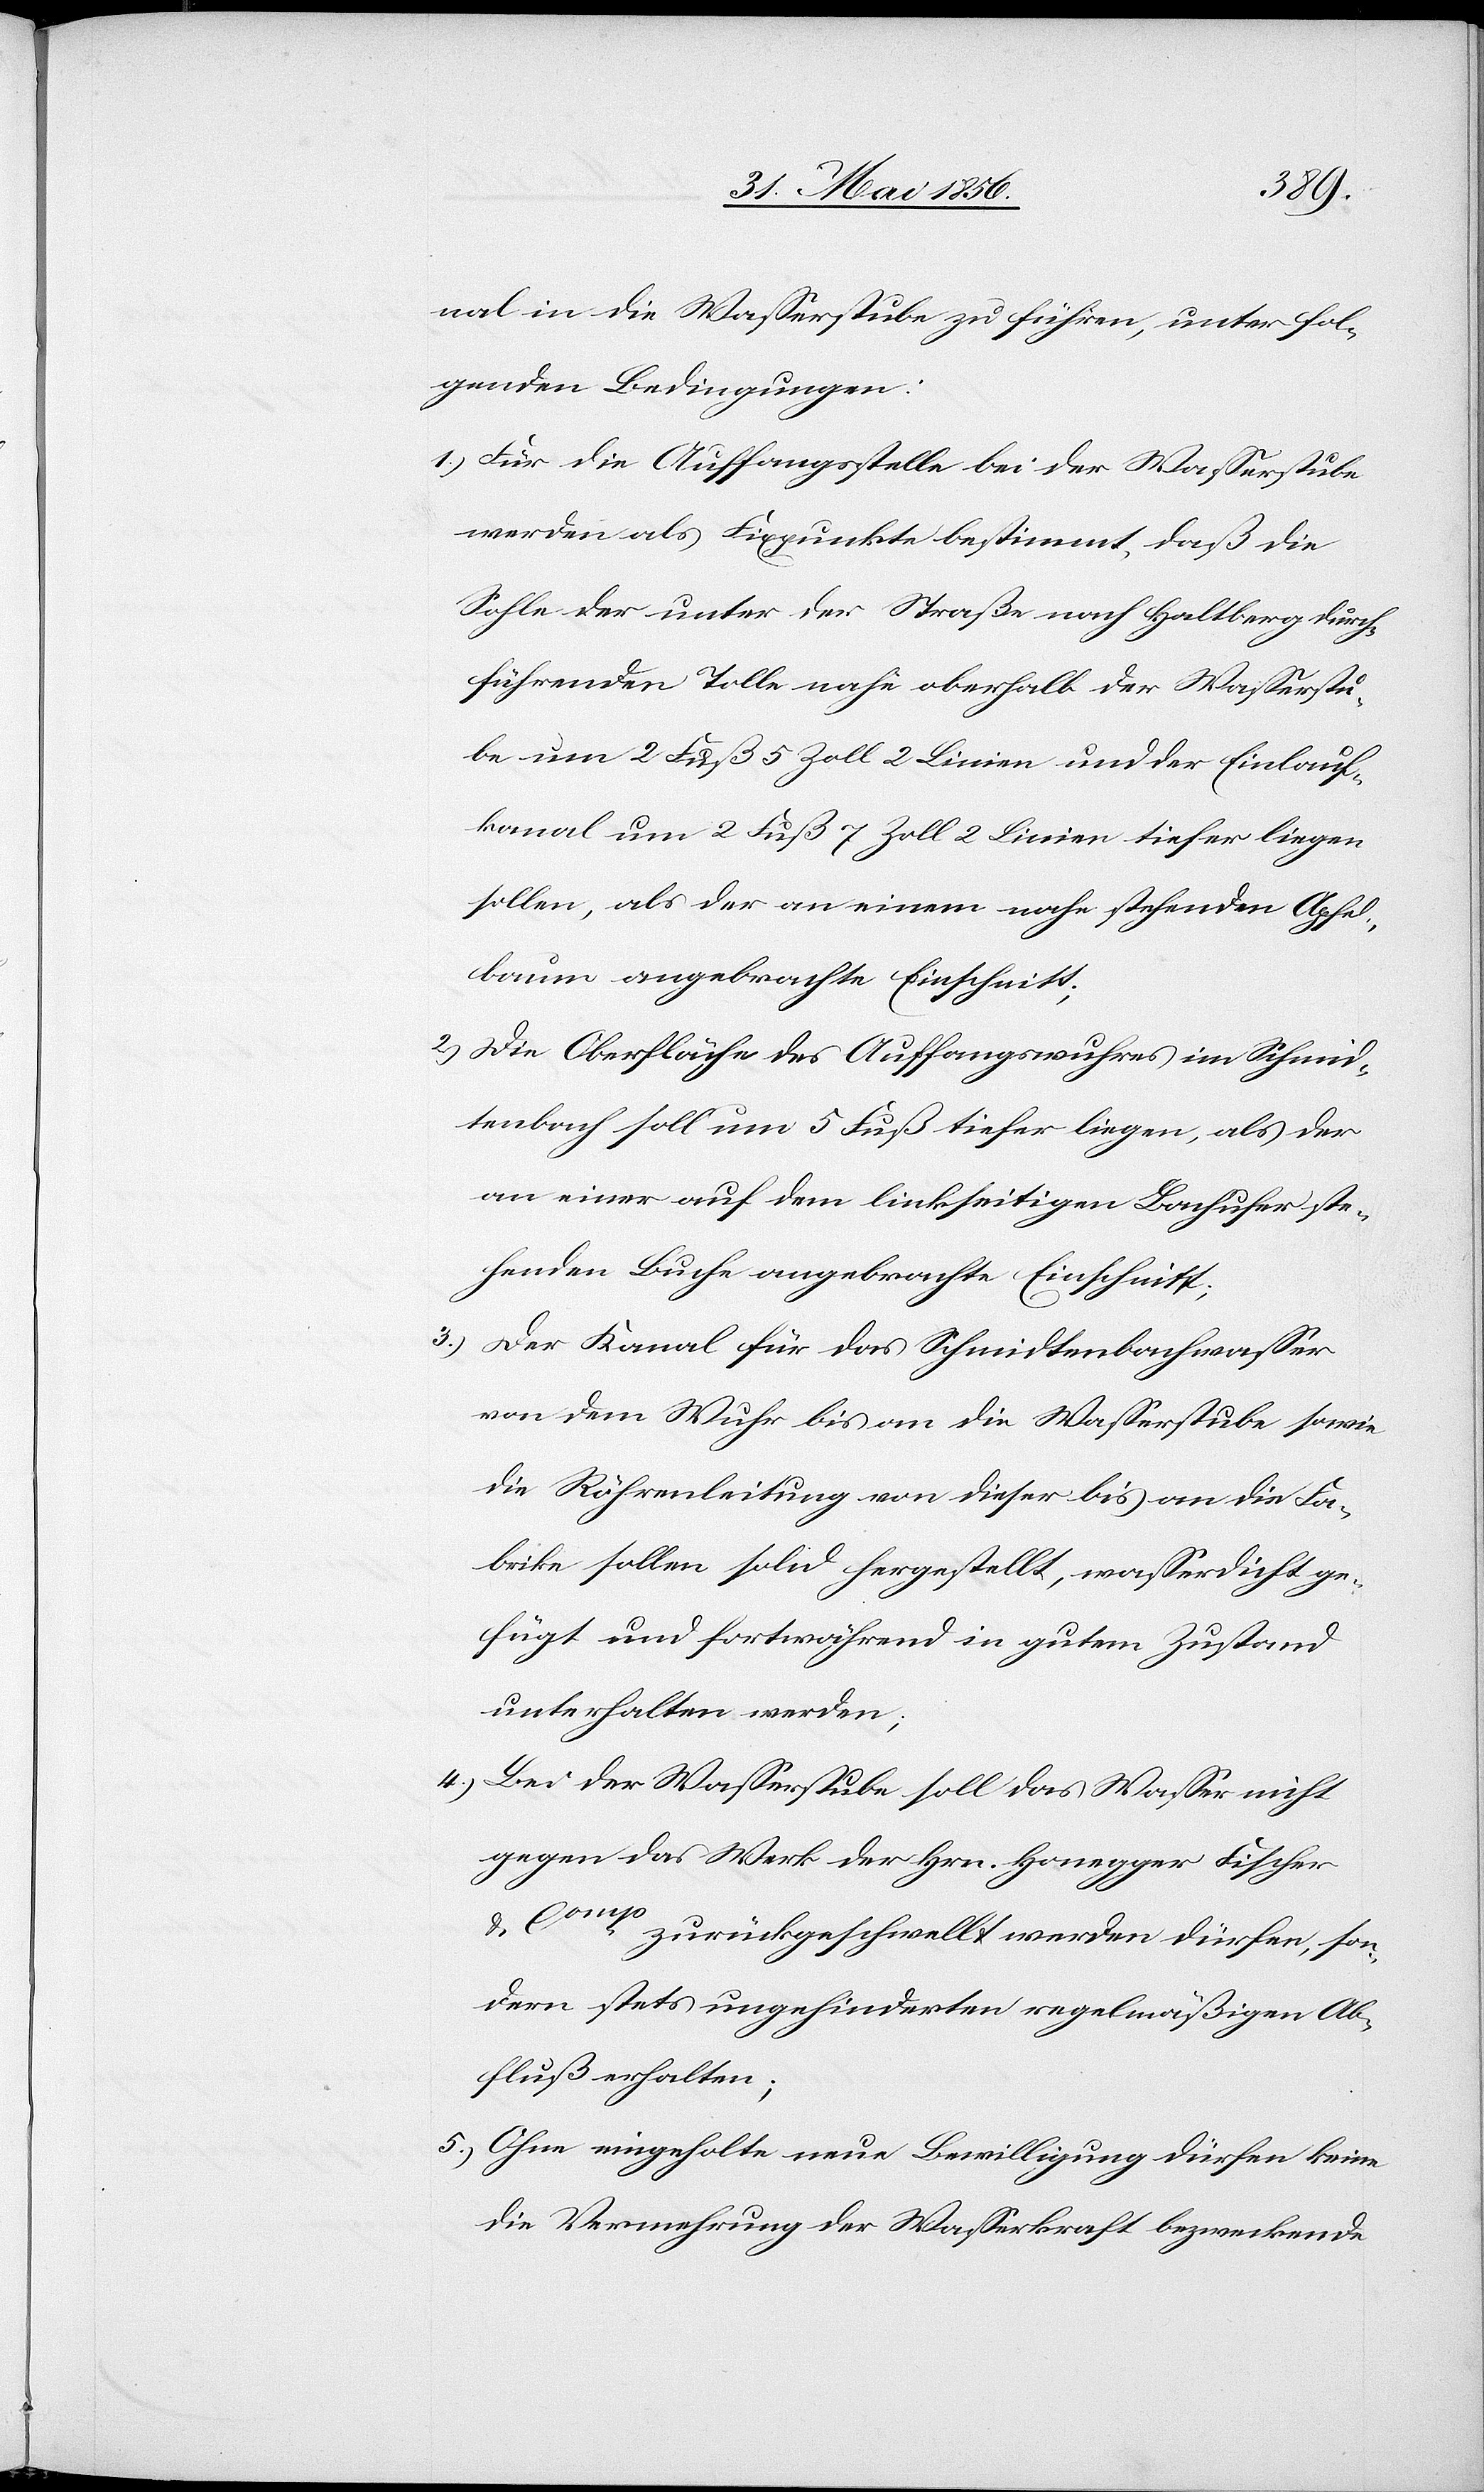
nal in die Wasserstube zu führen, unter fol¬
genden Bedingungen:
1.) Für die Auffangsstelle bei der Wasserstube
werden als Fixpunkte bestimmt, daß die
Sohle der unter der Straße nach Haltberg durch¬
führenden Tolle nahe oberhalb der Wasserstu¬
be um 2 Fuß 5 Zoll 2 Linien und der Einlauf¬
kanal um 2 Fuß 7 Zoll 2 Linien tiefer liegen
sollen, als der an einem nahe stehenden Apfel¬
baum angebrachte Einschnitt;
2.) Die Oberfläche des Auffangswuhres im Schmid¬
tenbach soll um 5 Fuß tiefer liegen, als der
an einer auf dem linkseitigen Bachufer ste¬
henden Buche angebrachte Einschnitt;
3.) Der Kanal für das Schmidtenbachwasser
von dem Wuhr bis an die Wasserstube sowie
die Röhrenleitung von dieser bis an die Fa¬
brike sollen solid hergestellt, wasserdicht ge¬
fügt und fortwährend in gutem Zustand
unterhalten werden;
4.) Bei der Wasserstube soll das Wasser nicht
gegen das Werk der Hrn. Honegger Fischer
& Comp zurückgeschwellt werden dürfen, son¬
dern stets ungehinderten regelmäßigen Ab¬
fluß erhalten;
5.) Ohne eingeholte neue Bewilligung dürfen keine
die Vermehrung der Wasserkraft bezweckende